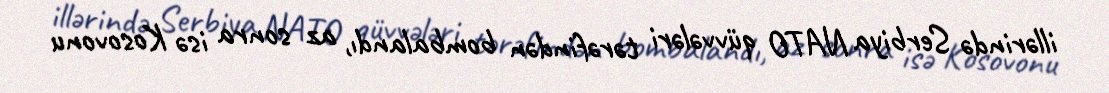
illərində Serbiya NATO qüvvələri tərəfindən bombalandı, az sonra isə Kosovonu